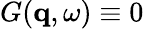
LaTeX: G(\mathbf{q},\omega)\equiv 0